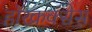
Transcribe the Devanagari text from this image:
हॉरक्रक्सेस